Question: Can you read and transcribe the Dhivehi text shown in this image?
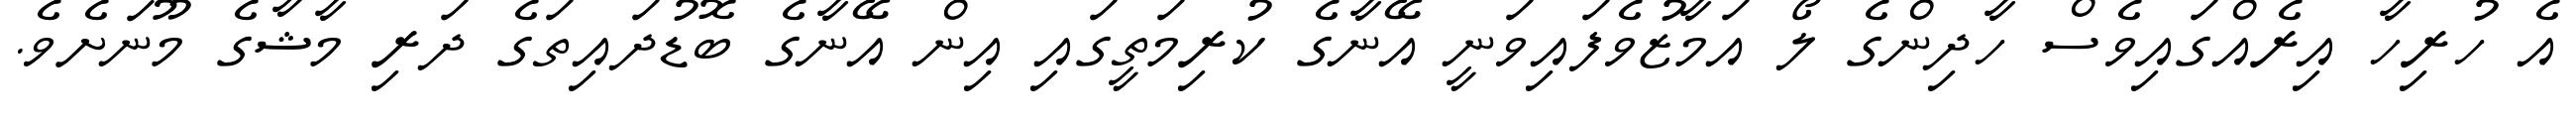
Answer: އެ ހުރިހާ އިރެއްގައިވެސް ހާދިންގެ ލޯ އަމާޒުވެފައިވަނީ އޭނާގެ ކުރިމަތީގައި އިން އޭނާގެ ބޮޑުދައިތަގެ ދަރި މާޝާގެ މޫނަށެވެ.